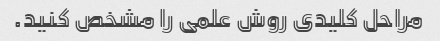
مراحل کلیدی روش علمی را مشخص کنید.